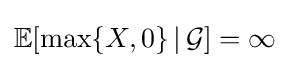
\mathbb {E} [\max\{X,0\}\,|\,{\mathcal {G}}]=\infty